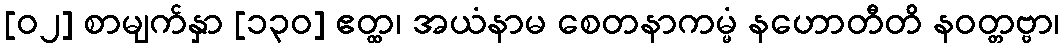
[၀၂] စာမျက်နှာ [၁၃၀] ဧတ္ထ၊ အယံနာမ စေတနာကမ္မံ နဟောတီတိ နဝတ္တဗ္ဗာ၊